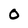
Character: O